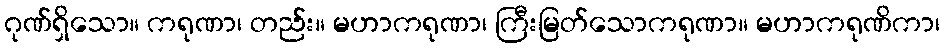
ဂုဏ်ရှိသော။ ကရုဏာ၊ တည်း။ မဟာကရုဏာ၊ ကြီးမြတ်သောကရုဏာ။ မဟာကရုဏိကာ၊